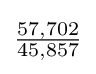
{\tfrac {57,702}{45,857}}